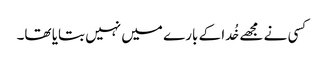
کسی نے مجھے خُدا کے بارے میں نہیں بتایا تھا۔